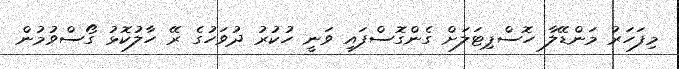
މިފަހަރު މަންޑޭލާ ހޮސްޕިޓަލަށް ގެންގޮސްފައި ވަނީ ހުކުރު ދުވަހުގެ ރޭ ހާލުކޮޅު ގޯސްވުމުން